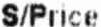
S/PRICE